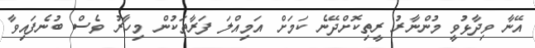
އޭނާ ވިދާޅުވީ މުންނާރު ރީތިކޮށްދޭނެ ކަމަށް އަމިއްލަ ފަރާތަކުން މިހާރު ވެސް ބުނެފައިވާ